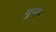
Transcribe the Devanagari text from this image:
पुन्हः